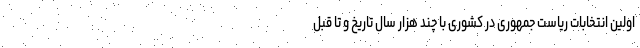
اولین انتخابات ریاست جمهوری در کشوری با چند هزار سال تاریخ و تا قبل